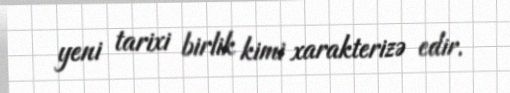
yeni tarixi birlik kimi xarakterizə edir.